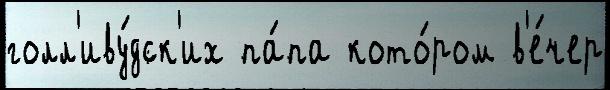
голл'иву́дск'их па́па кото́ром в'е́чер